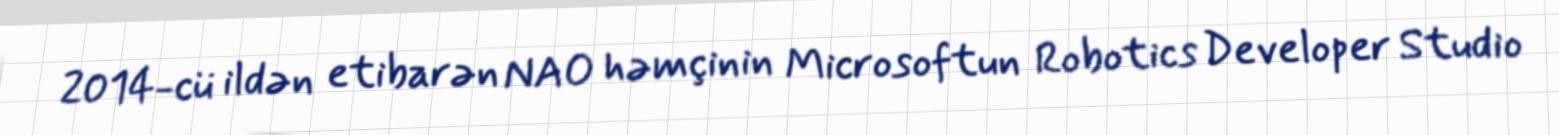
2014-cü ildən etibarən NAO həmçinin Microsoftun Robotics Developer Studio